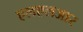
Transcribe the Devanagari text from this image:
एलएलआर